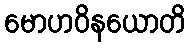
မောဟဝိနယောတိ